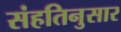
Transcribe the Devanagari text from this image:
संहतिनुसार